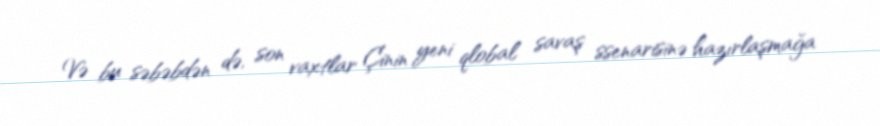
Və bu səbəbdən də, son vaxtlar Çinin yeni qlobal savaş ssenarisinə hazırlaşmağa